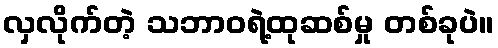
လှလိုက်တဲ့ သဘာဝရဲ့ထုဆစ်မှု တစ်ခုပဲ။